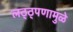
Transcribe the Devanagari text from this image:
लठ्ठ्पणामुळे